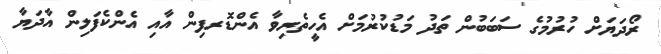
ރޯދަޔަށް ހުރުމުގެ ސަބަބުން ތަދު މަޑުކުރުމަށް އެހީތެރިވާ އެންޑޮރފިން އާއި އެންކެފަލިން އާދަޔާ